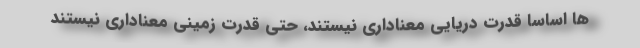
ها اساساً قدرت دریایی معناداری نیستند، حتی قدرت زمینی معناداری نیستند